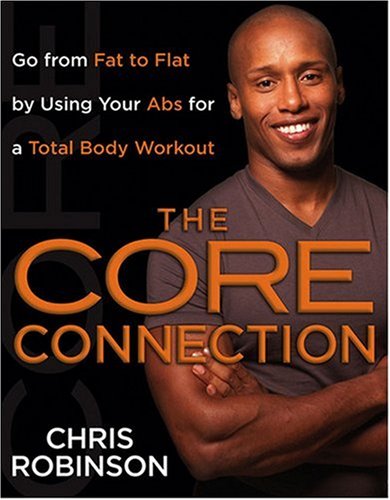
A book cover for The Core Connection: Go from Fat to Flat by Using Your Abs for a Total Body Workout; Chris Robinson; Health, Fitness & Dieting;